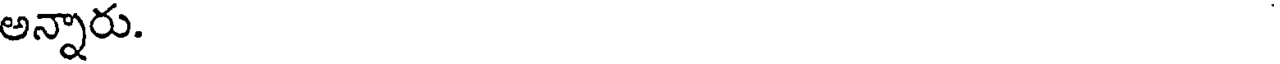
అన్నారు.